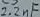
Text: 2.2µF